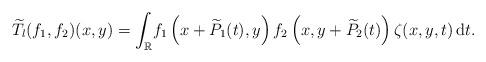
LaTeX: \begin{align*}\widetilde{T}_l(f_1,f_2)(x,y)=\int_\mathbb{R} \! f_1\left(x+\widetilde{P}_1(t),y\right)f_2 \left(x,y+\widetilde{P}_2(t)\right)\zeta(x,y,t)\,\mathrm{d}t.\end{align*}